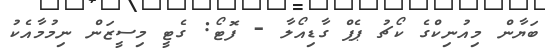
ބަޔާން މިއުނިކްގެ ކޯޗު ޕެޕް ގާޑިއޯލާ - ފޮޓޯ: ގެޓީ މިސީޒަން ނިމުމާއެކު